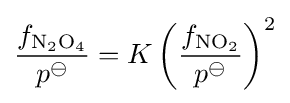
{\frac {f_{\mathrm {N_{2}O_{4}} }}{p^{\ominus }}}=K\left({\frac {f_{\mathrm {NO_{2}} }}{p^{\ominus }}}\right)^{2}